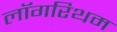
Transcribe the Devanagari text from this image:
लॉगरिथम